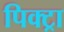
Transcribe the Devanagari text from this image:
पिक्ट्रा